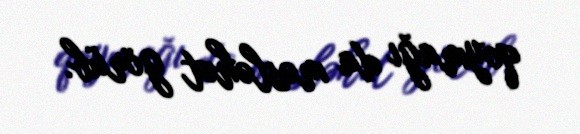
qoymağı da məsləhət görüb.